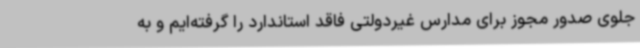
جلوی صدور مجوز برای مدارس غیردولتی فاقد استاندارد را گرفته‌ایم و به